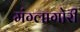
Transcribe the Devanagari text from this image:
मंग्लागोरी